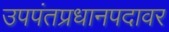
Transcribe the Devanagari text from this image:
उपपंतप्रधानपदावर